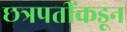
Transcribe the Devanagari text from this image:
छत्रपतींकडून